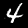
Label: 4